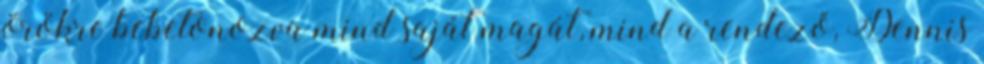
örökre bebetonozva mind saját magát, mind a rendező, Dennis